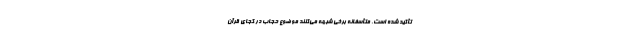
تأکید شده است، متأسفانه برخی شبهه می‌کنند موضوع حجاب در کجای قرآن